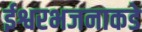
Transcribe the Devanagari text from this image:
ईश्वरभजनाकडे